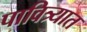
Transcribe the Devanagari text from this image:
पावित्र्यात